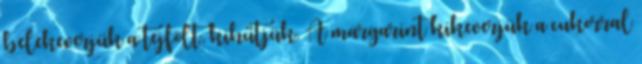
belekeverjük a tejfölt, kihűtjük. A margarint kikeverjük a cukorral